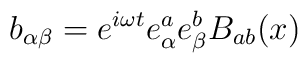
b_{\alpha \beta} = e^{i \omega t} e_\alpha^a e_\beta^b B_{ab}(x)